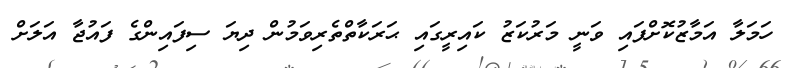
ހަމަލާ އަމާޒުކޮށްފައި ވަނީ މަރުކަޒު ކައިރީގައި ޙަރަކާތްތެރިވަމުން ދިޔަ ސިފައިންގެ ފައުޖާ އަލަށް